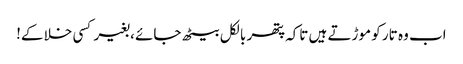
اب وہ تار کو موڑتے ہیں تاکہ پتھر بالکل بیٹھ جائے ، بغیر کسی خلا کے!